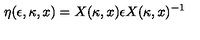
\eta ( \epsilon , \kappa , x ) = X ( \kappa , x ) \epsilon X ( \kappa , x ) ^ { - 1 }